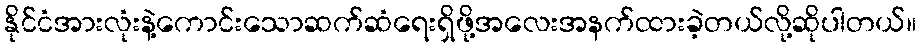
နိုင်ငံအားလုံးနဲ့ကောင်းသောဆက်ဆံရေးရှိဖို့အလေးအနက်ထားခဲ့တယ်လို့ဆိုပါတယ်။